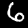
Label: 6